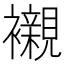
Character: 襯